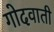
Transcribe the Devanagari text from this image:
गोदवाती